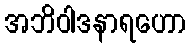
အဘိဝါဒနာရဟော